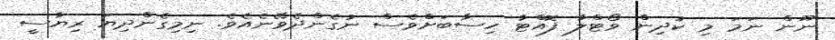
ނޫން ނަމަ މި ކުދިން ވޯޓްލާ ފޮއްޓާ ހިސާބަށްވެސް ނުގެންދެވޭނެއެވެ. ނިމިގެންދިޔަ ރިޔާސީ